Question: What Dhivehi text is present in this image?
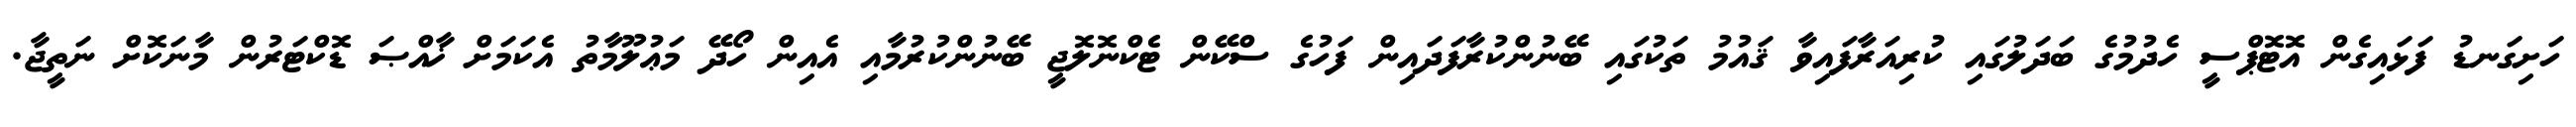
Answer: ހަށިގަނޑު ފަޅައިގެން އޮޓޮޕްސީ ހެދުމުގެ ބަދަލުގައި ކުރިއަރާފައިވާ ޤައުމު ތަކުގައި ބޭނުންކުރާފަދައިން ފަހުގެ ސްކޭން ޓެކްނޮލޮޖީ ބޭނުންކުރުމާއި އެއިން ހޯދޭ މަޢުލޫމާތު އެކަމަށް ޚާއްޞަ ޑޮކްޓަރުން މާނަކޮށް ނަތީޖާ.